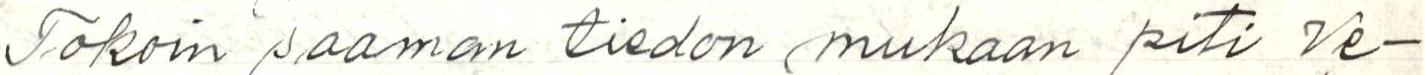
Tokoin saaman tiedon mukaan piti Ve-